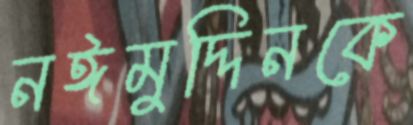
নঈমুদ্দিনকে